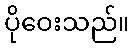
ပိုဝေးသည်။